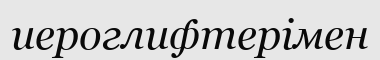
иероглифтерімен